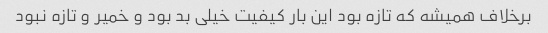
برخلاف همیشه که تازه بود این بار کیفیت خیلی بد بود و خمیر و تازه نبود